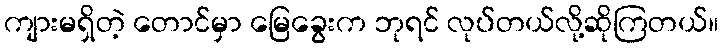
ကျားမရှိတဲ့ တောင်မှာ မြေခွေးက ဘုရင် လုပ်တယ်လို့ဆိုကြတယ်။